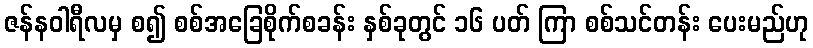
ဇန်နဝါရီလမှ စ၍ စစ်အခြေစိုက်စခန်း နှစ်ခုတွင် ၁၆ ပတ် ကြာ စစ်သင်တန်း ပေးမည်ဟု